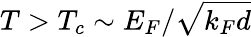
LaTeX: T>T_{c}\sim E_{F}/\sqrt{k_{F}d}